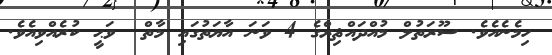
ހިމެނެއެވެ. ސޫރަތުލް މުއްދައްޘިރްގެ 4 ވަނަ އާޔަތުގައި މާތް  ވަޙީ ކުރެއްވިއެވެ.